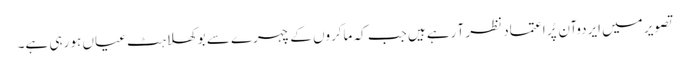
تصویر میں ایردوآن پُر اعتماد نظر آ رہے ہیں جب کہ ماکروں کے چہرے سے بوکھلاہٹ عیاں ہو رہی ہے۔